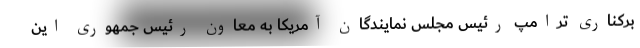
برکناری ترامپ رئیس مجلس نمایندگان آمریکا به معاون رئیس جمهوری این